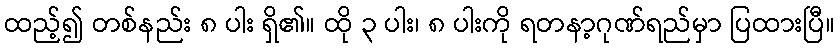
ထည့်၍ တစ်နည်း ၈ ပါး ရှိ၏။ ထို ၃ ပါး၊ ၈ ပါးကို ရတနာ့ဂုဏ်ရည်မှာ ပြထားပြီ။